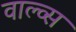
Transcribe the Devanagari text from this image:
वाल्व्स